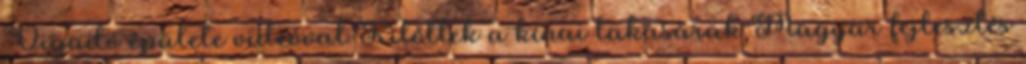
Vigadó épülete videóval Kilőttek a kínai lakásárak Magyar fejlesztés